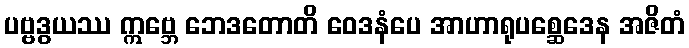
ပဗ္ဗဒွယဿ ဣဗ္ဘေ ဘေဒတောတိ ဝေဒနံပေ အာဟာရုပစ္ဆေဒေန အဇိတံ